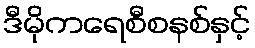
ဒီမိုကရေစီစနစ်နှင့်